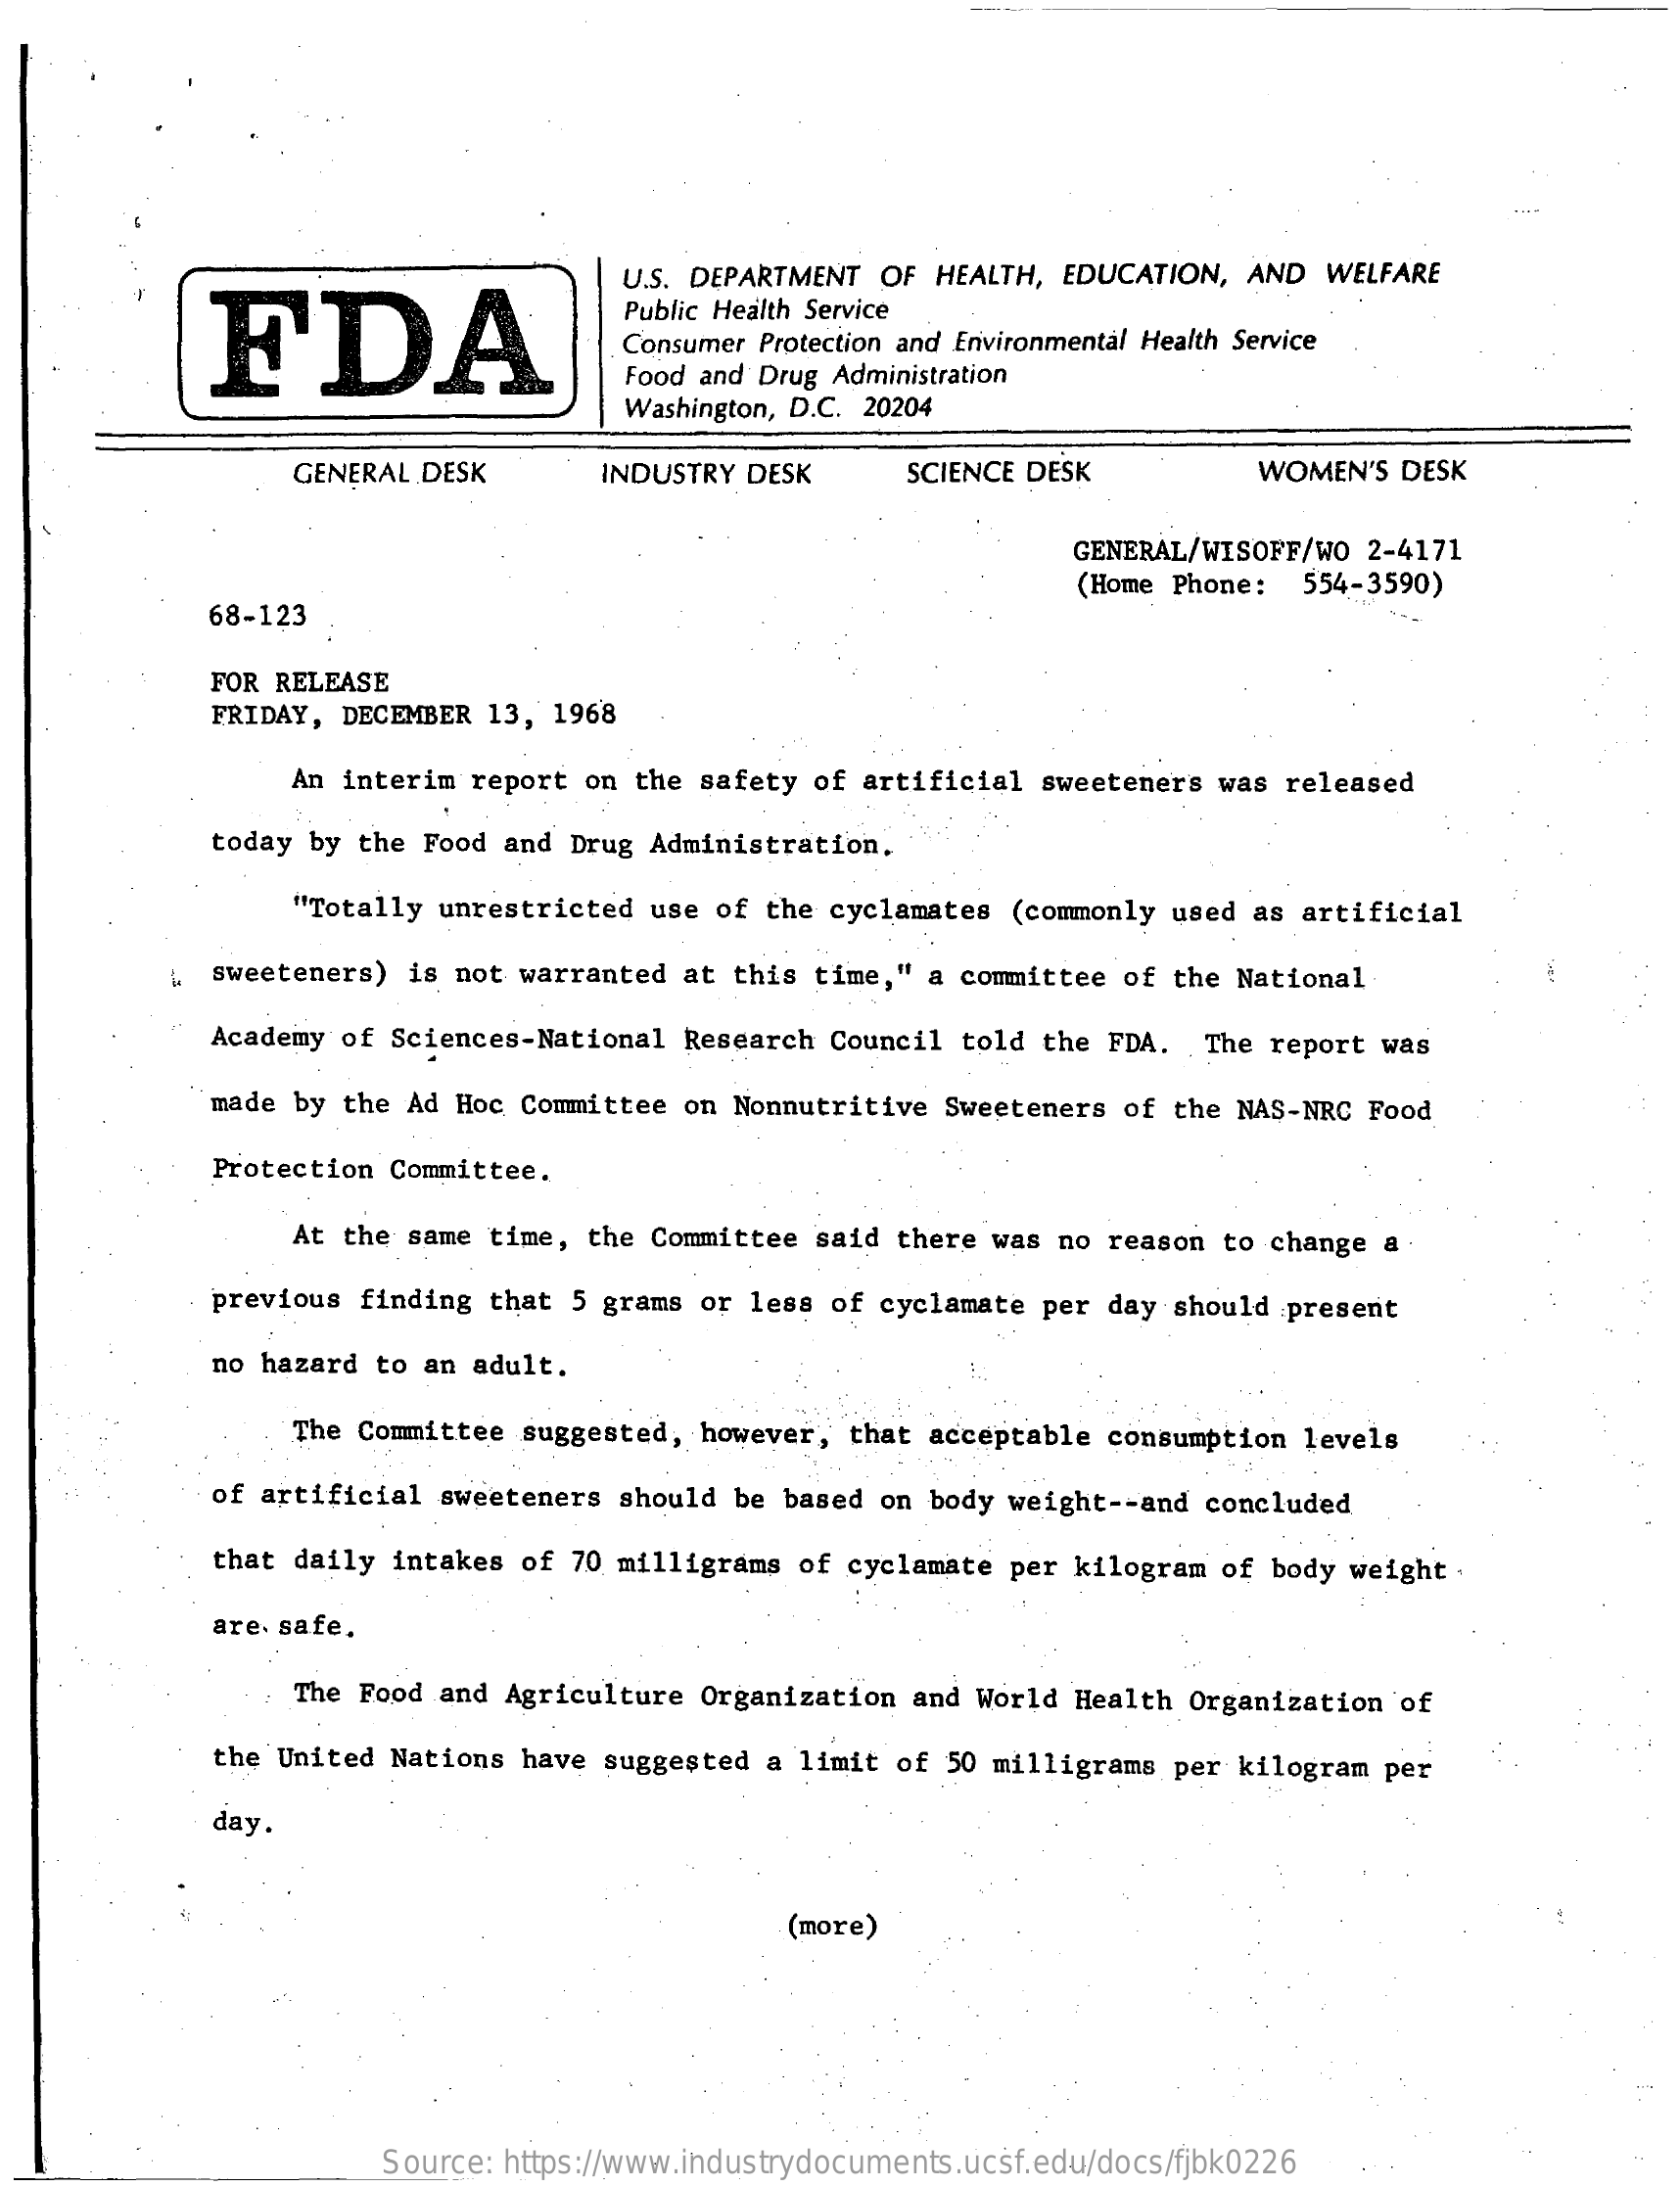
FDA
     U.S. DEPARTMENT OF HEALTH, EDUCATION, AND WELFARE
     Public Health Service
     Consumer Protection and Environmental Health Service
     Food and Drug Administration
     Washington, D.C. 20204
     GENERAL DESK    INDUSTRY DESK   SCIENCE DESK    WOMEN'S DESK
     GENERAL/WISOFF/WO 2-4171
     (Home Phone: 554-3590)
     68-123
     FOR RELEASE
     FRIDAY, DECEMBER 13, 1968
     An interim report on the safety of artificial sweeteners was released
     today by the Food and Drug Administration.
     "Totally unrestricted use of the cyclamates (commonly used as artificial
     sweeteners) is not warranted at this time," a committee of the National
     Academy of Sciences-National Research Council told the FDA. The report was
     made by the Ad Hoc Committee on Nonnutritive Sweeteners of the NAS-NRC Food
     Protection Committee.
     At the same time, the Committee said there was no reason to change a
     previous finding that 5 grams or less of cyclamate per day should present
     no hazard to an adult.
     The Committee suggested, however, that acceptable consumption levels
     of artificial sweeteners should be based on body weight -- and concluded
     that daily intakes of 70 milligrams of cyclamate per kilogram of body weight .
     are. safe.
     The Food and Agriculture Organization and World Health Organization of
     the United Nations have suggested a limit of 50 milligrams per kilogram per
     day
     (more)
     Source: https://www.industrydocuments.ucsf.edu/docs/fjbk0226